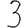
Digit: 3